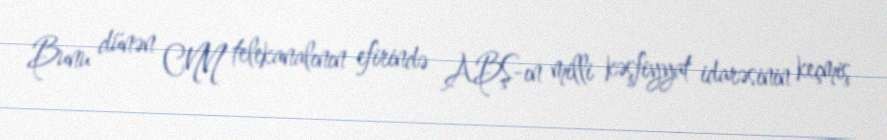
Bunu dünən CNN telekanalının efirində ABŞ-ın milli kəşfiyyat idarəsinin keçmiş